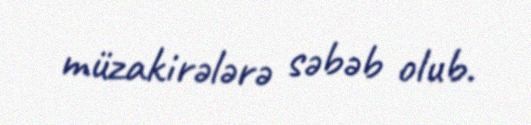
müzakirələrə səbəb olub.